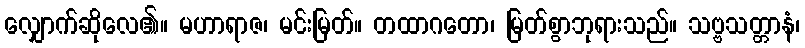
လျှောက်ဆိုလေ၏။ မဟာရာဇ၊ မင်းမြတ်။ တထာဂတော၊ မြတ်စွာဘုရားသည်။ သဗ္ဗသတ္တာနံ၊